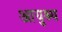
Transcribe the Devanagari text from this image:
आयुश्य